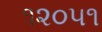
૧૨૦૫૧